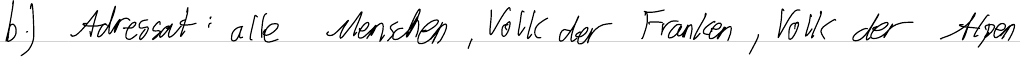
b.) Adressat: alle Menschen, Volk der Franken, Volk der Alpen